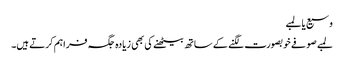
وسیع یا لمبے
لمبے صوفے خوبصورت لگنے کے ساتھ بیٹھنے کی بھی زیادہ جگہ فراہم کرتے ہیں۔